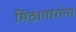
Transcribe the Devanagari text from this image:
मिठागारांना